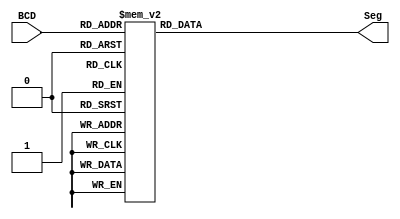
`timescale 1ns / 1ps
//////////////////////////////////////////////////////////////////////////////////
// Company: 
// Engineer: 
// 
// Design Name: 
// Module Name: DecBCD7Seg
// Project Name: 
// Target Devices: 
// Tool Versions: 
// Description: 
// 
// Dependencies: 
// 
// Revision:
// Revision 0.01 - File Created
// Additional Comments:
// 
//////////////////////////////////////////////////////////////////////////////////


module DecBCD7Seg(
    input [3:0] BCD,
    output reg [7:0] Seg
    );
    
    always @(BCD)
    begin
        case (BCD)
            4'b0000: Seg <= 8'b11000000;
            4'b0001: Seg <= 8'b11111001;
            4'b0010: Seg <= 8'b10100100;
            4'b0011: Seg <= 8'b10110000;
            4'b0100: Seg <= 8'b10011001;
            4'b0101: Seg <= 8'b10010010;
            4'b0110: Seg <= 8'b10000010;
            4'b0111: Seg <= 8'b11111000;
            4'b1000: Seg <= 8'b10000000;
            4'b1001: Seg <= 8'b10010000;
            default: Seg <= 8'b11111111;
        endcase
    end
    
endmodule